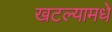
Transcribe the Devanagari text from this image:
खटल्यामधे